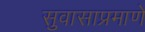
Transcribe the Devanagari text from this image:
सुवासाप्रमाणे